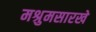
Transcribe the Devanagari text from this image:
मश्रुमसारखे